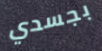
بجسدي